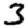
Digit: 3